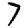
Digit: 7